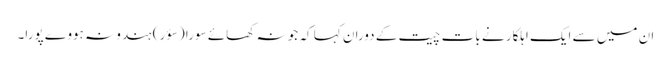
ان میں سے ایک اہلکار نے بات چیت کے دوران کہا کہ جو نہ کھائے سورا (سؤر) ہندو نہ ہووے پورا۔